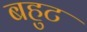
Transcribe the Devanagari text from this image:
बहुट